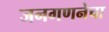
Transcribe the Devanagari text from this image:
जनगणनेचा